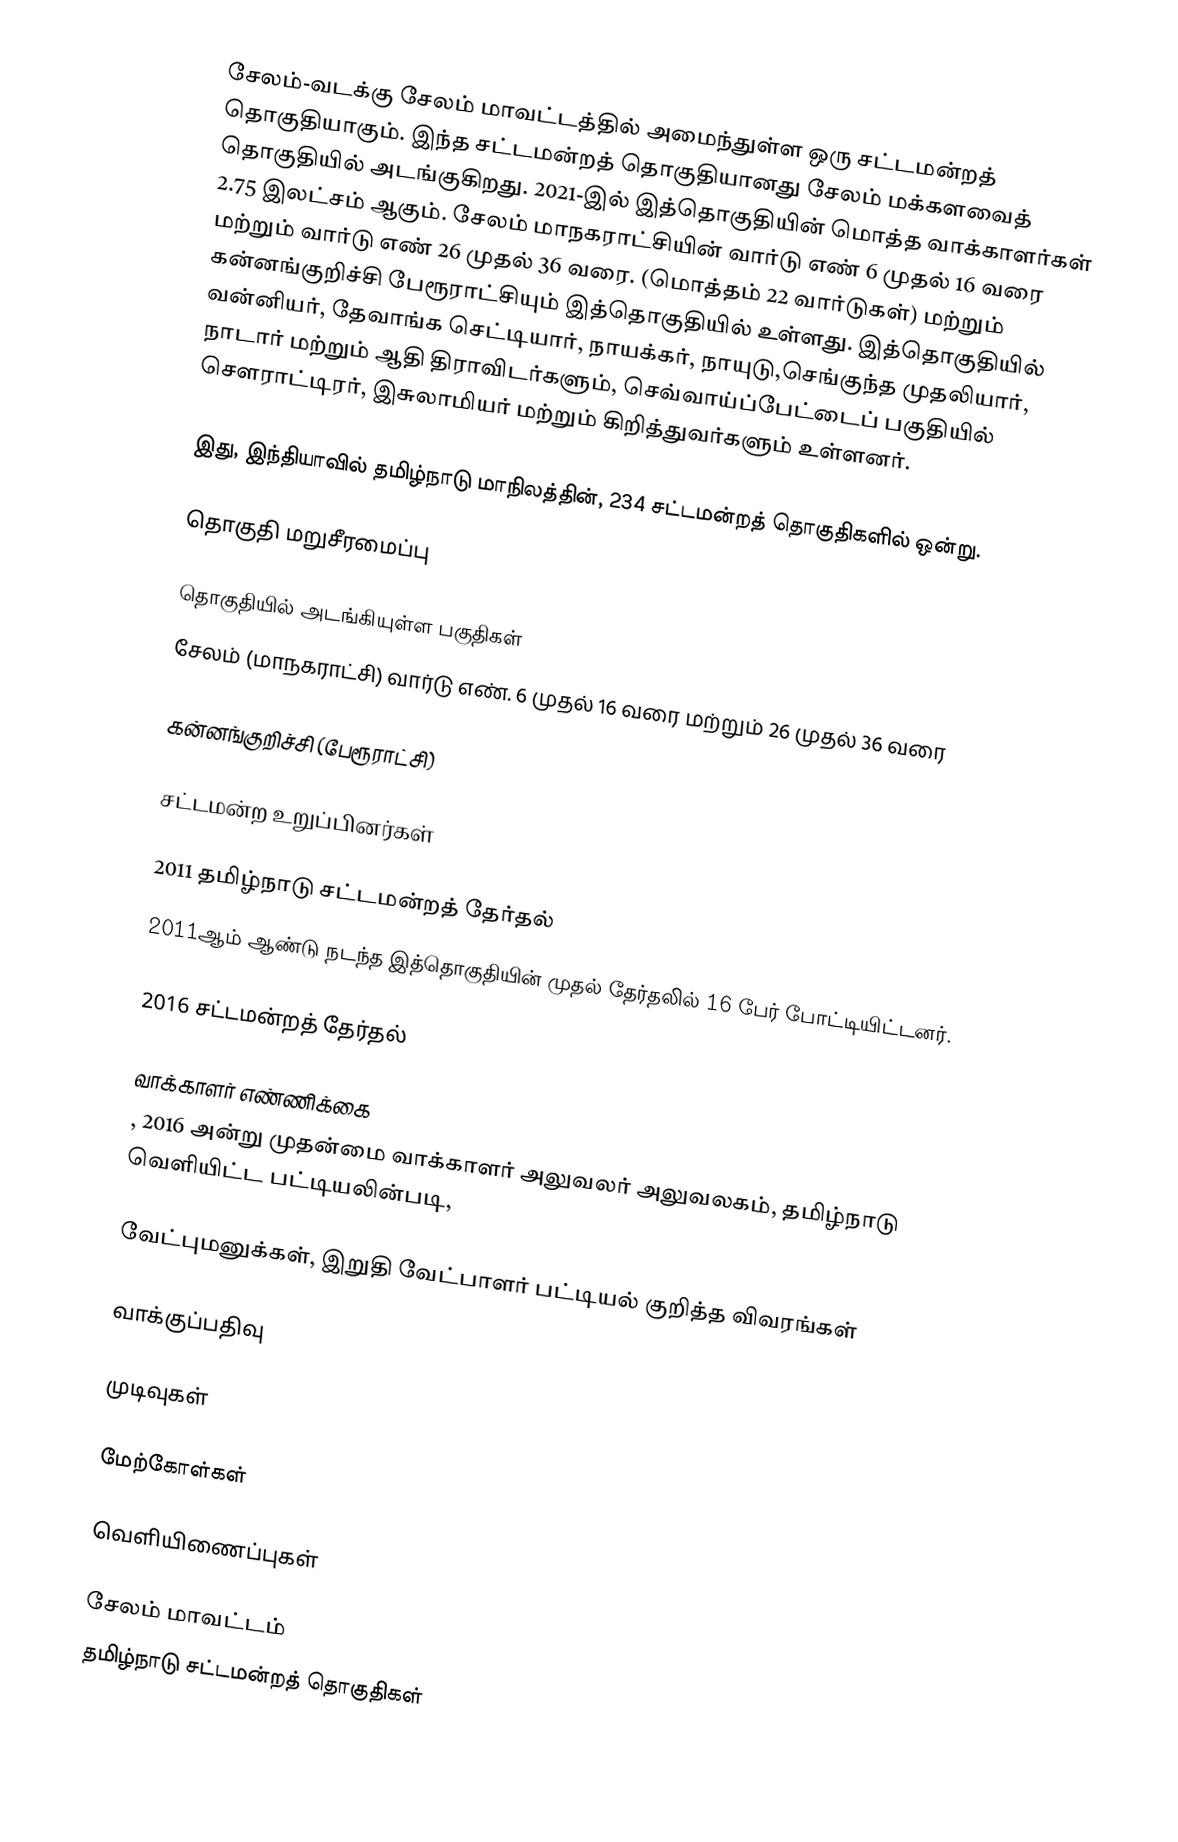
சேலம்-வடக்கு சேலம் மாவட்டத்தில் அமைந்துள்ள ஒரு சட்டமன்றத் தொகுதியாகும். இந்த சட்டமன்றத் தொகுதியானது சேலம் மக்களவைத் தொகுதியில் அடங்குகிறது. 2021-இல் இத்தொகுதியின் மொத்த வாக்காளர்கள் 2.75 இலட்சம் ஆகும். சேலம் மாநகராட்சியின் வார்டு எண்  6 முதல் 16 வரை மற்றும் வார்டு எண் 26 முதல் 36 வரை. (மொத்தம் 22 வார்டுகள்) மற்றும் கன்னங்குறிச்சி பேரூராட்சியும் இத்தொகுதியில் உள்ளது. இத்தொகுதியில் வன்னியர், தேவாங்க செட்டியார்,  நாயக்கர், நாயுடு,செங்குந்த முதலியார், நாடார் மற்றும் ஆதி திராவிடர்களும், செவ்வாய்ப்பேட்டைப் பகுதியில் சௌராட்டிரர், இசுலாமியர் மற்றும் கிறித்துவர்களும் உள்ளனர்.

இது, இந்தியாவில் தமிழ்நாடு மாநிலத்தின், 234 சட்டமன்றத் தொகுதிகளில் ஒன்று.

தொகுதி மறுசீரமைப்பு

தொகுதியில் அடங்கியுள்ள பகுதிகள்
சேலம் (மாநகராட்சி) வார்டு எண். 6 முதல் 16 வரை மற்றும் 26 முதல் 36 வரை

கன்னங்குறிச்சி (பேரூராட்சி)

சட்டமன்ற உறுப்பினர்கள்

2011 தமிழ்நாடு சட்டமன்றத் தேர்தல்
2011ஆம் ஆண்டு நடந்த இத்தொகுதியின் முதல் தேர்தலில் 16 பேர் போட்டியிட்டனர்.

2016 சட்டமன்றத் தேர்தல்

வாக்காளர் எண்ணிக்கை
, 2016 அன்று முதன்மை வாக்காளர் அலுவலர் அலுவலகம், தமிழ்நாடு வெளியிட்ட பட்டியலின்படி,

வேட்புமனுக்கள், இறுதி வேட்பாளர் பட்டியல் குறித்த விவரங்கள்

வாக்குப்பதிவு

முடிவுகள்

மேற்கோள்கள்

வெளியிணைப்புகள்

சேலம் மாவட்டம்
தமிழ்நாடு சட்டமன்றத் தொகுதிகள்